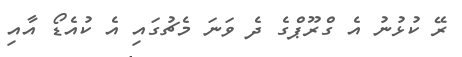
ރޭ ކުޅުނު އެ ގްރޫޕްގެ ދެ ވަނަ މެޗުގައި އެ ކުއެޑޯ އާއި